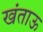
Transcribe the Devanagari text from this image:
खंताऊ